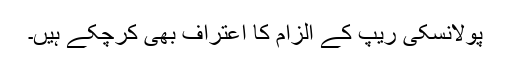
پولانسکی ریپ کے الزام کا اعتراف بھی کرچکے ہیں۔